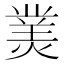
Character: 𤎀